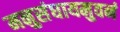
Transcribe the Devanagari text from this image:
मनुसंघायमुवनं